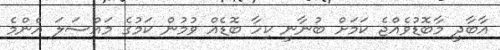
އާބާދީ މާބޮޑުވެއްޖެ ކަމަށް ބުނާނީ ކިހާ ބޮޑެއް ވުމުން ކަމުގެ މައްސަލަ އެންމެ